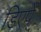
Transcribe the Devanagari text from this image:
डिएपें